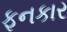
ફનકાર